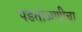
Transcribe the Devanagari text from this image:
पडताळणीचा